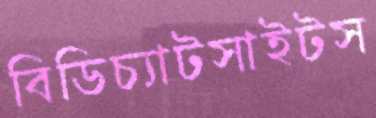
বিডিচ্যাটসাইটস